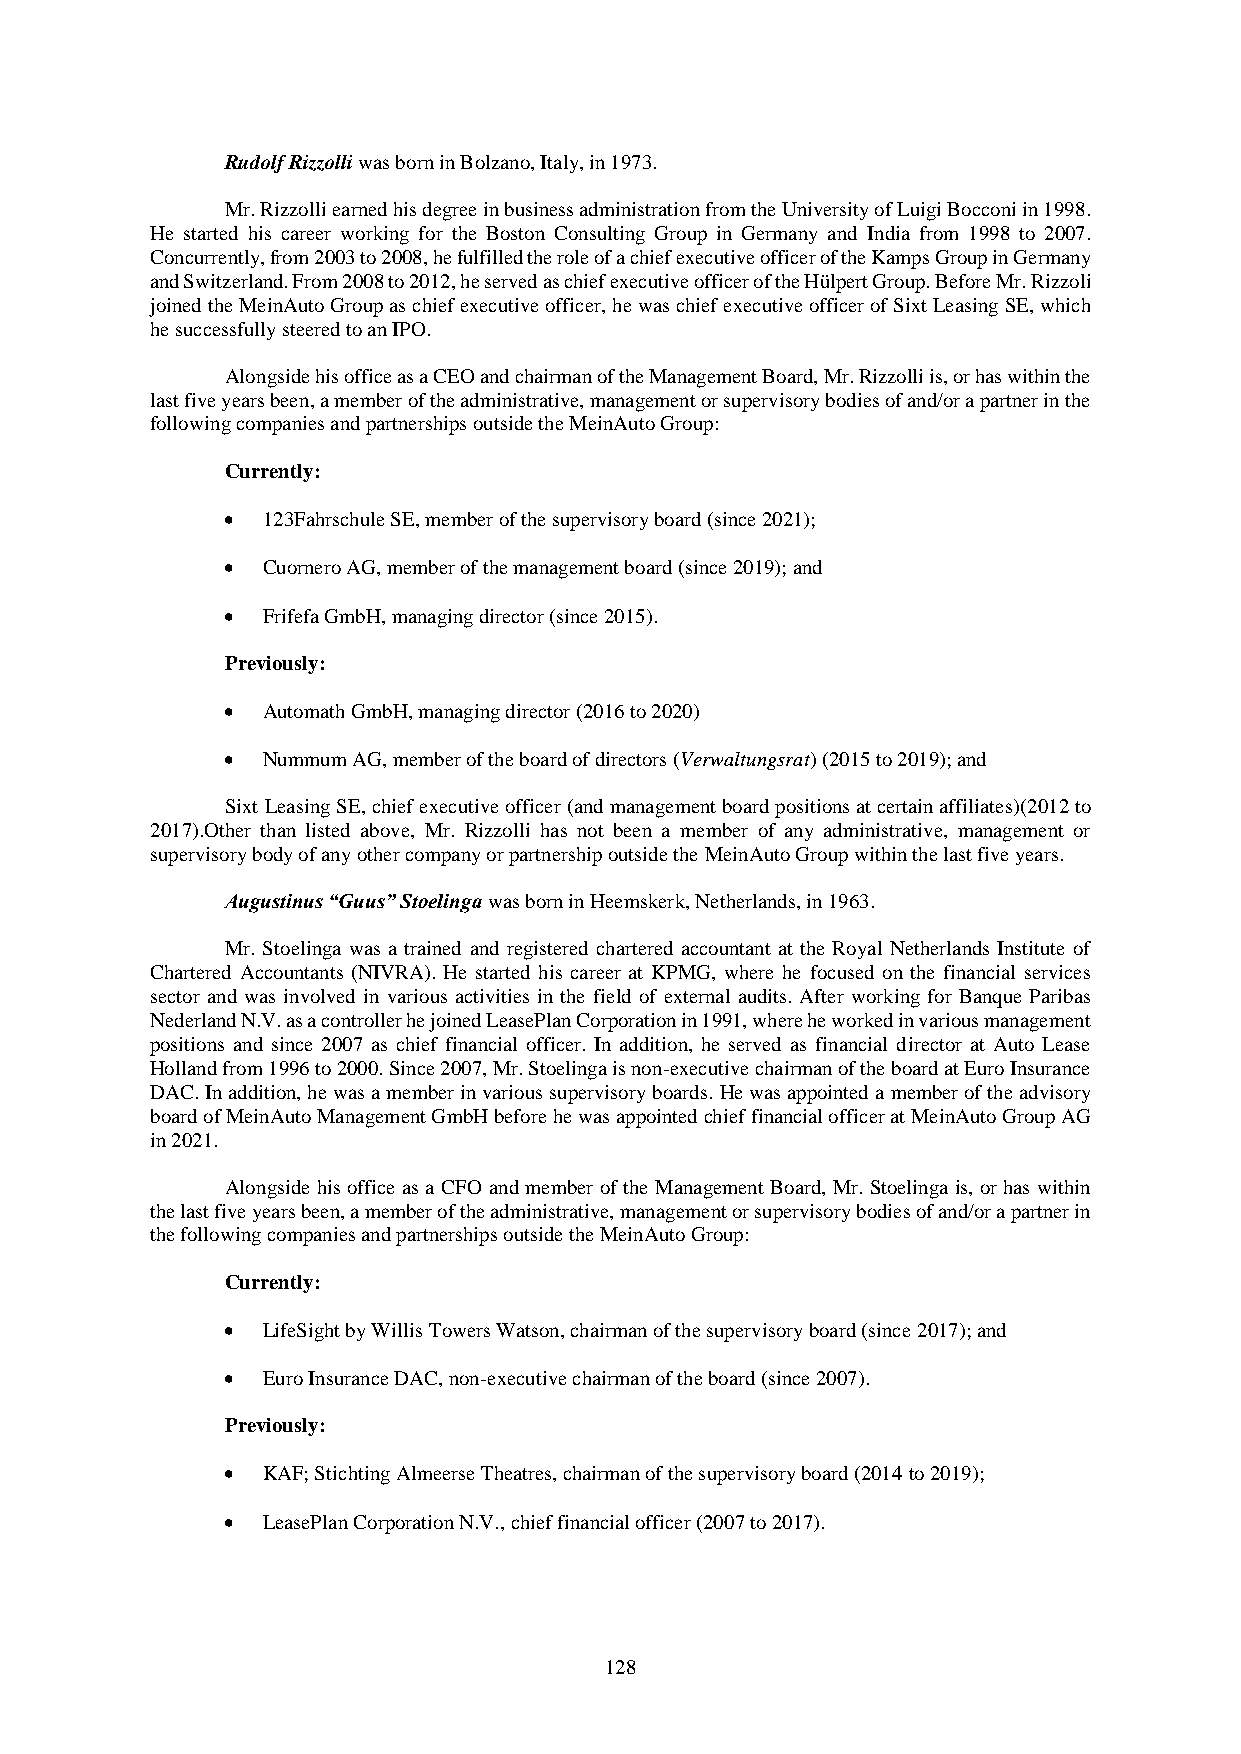
Rudolf Rizzolli was born in Bolzano, Italy, in 1973.
 Mr. Rizzolli earned his degree in business administration from the University of Luigi Bocconi in 1998.
 He started his career working for the Boston Consulting Group in Germany and India from 1998 to 2007.
 Concurrently, from 2003 to 2008, he fulfilled the role of a chief executive officer of the Kamps Group in Germany
 and Switzerland. From 2008 to 2012, he served as chief executive officer of the Hülpert Group. Before Mr. Rizzoli
 joined the MeinAuto Group as chief executive officer, he was chief executive officer of Sixt Leasing SE, which
 he successfully steered to an IPO.
 Alongside his office as a CEO and chairman of the Management Board, Mr. Rizzolli is, or has within the
 last five years been, a member of the administrative, management or supervisory bodies of and/or a partner in the
 following companies and partnerships outside the MeinAuto Group:
 Currently:
  123Fahrschule SE, member of the supervisory board (since 2021);
  Cuornero AG, member of the management board (since 2019); and
  Frifefa GmbH, managing director (since 2015).
 Previously:
  Automath GmbH, managing director (2016 to 2020)
  Nummum AG, member of the board of directors (Verwaltungsrat) (2015 to 2019); and
 Sixt Leasing SE, chief executive officer (and management board positions at certain affiliates)(2012 to
 2017).Other than listed above, Mr. Rizzolli has not been a member of any administrative, management or
 supervisory body of any other company or partnership outside the MeinAuto Group within the last five years.
 Augustinus “Guus” Stoelinga was born in Heemskerk, Netherlands, in 1963.
 Mr. Stoelinga was a trained and registered chartered accountant at the Royal Netherlands Institute of
 Chartered Accountants (NIVRA). He started his career at KPMG, where he focused on the financial services
 sector and was involved in various activities in the field of external audits. After working for Banque Paribas
 Nederland N.V. as a controller he joined LeasePlan Corporation in 1991, where he worked in various management
 positions and since 2007 as chief financial officer. In addition, he served as financial director at Auto Lease
 Holland from 1996 to 2000. Since 2007, Mr. Stoelinga is non-executive chairman of the board at Euro Insurance
 DAC. In addition, he was a member in various supervisory boards. He was appointed a member of the advisory
 board of MeinAuto Management GmbH before he was appointed chief financial officer at MeinAuto Group AG
 in 2021.
 Alongside his office as a CFO and member of the Management Board, Mr. Stoelinga is, or has within
 the last five years been, a member of the administrative, management or supervisory bodies of and/or a partner in
 the following companies and partnerships outside the MeinAuto Group:
 Currently:
  LifeSight by Willis Towers Watson, chairman of the supervisory board (since 2017); and
  Euro Insurance DAC, non-executive chairman of the board (since 2007).
 Previously:
  KAF; Stichting Almeerse Theatres, chairman of the supervisory board (2014 to 2019);
  LeasePlan Corporation N.V., chief financial officer (2007 to 2017).
 128